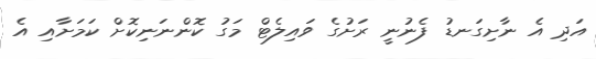
އަދި އެ ނާށިގަނޑު ފެނުނީ ރަށުގެ ވައިލެޓް މަގު ކޮންނަނިކޮށް ކަމަށާއި އެ